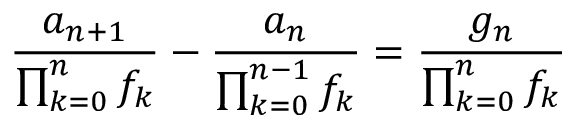
{ \frac { a _ { n + 1 } } { \prod _ { k = 0 } ^ { n } f _ { k } } } - { \frac { a _ { n } } { \prod _ { k = 0 } ^ { n - 1 } f _ { k } } } = { \frac { g _ { n } } { \prod _ { k = 0 } ^ { n } f _ { k } } }